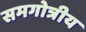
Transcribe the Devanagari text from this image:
समगोत्रीय